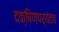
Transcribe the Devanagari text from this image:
दक्षिणपर्यंतच